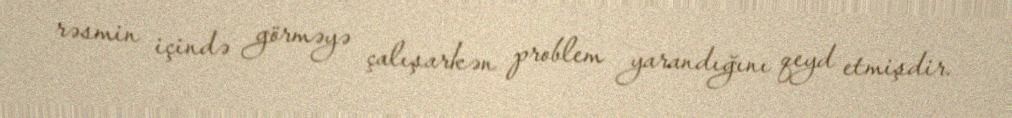
rəsmin içində görməyə çalışarkən problem yarandığını qeyd etmişdir.